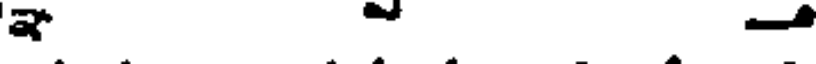
-